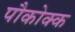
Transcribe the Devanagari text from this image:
पौकोक्क